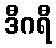
ဒီဂရီ